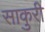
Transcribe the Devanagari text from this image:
साकुरी